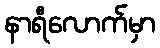
နာရီလောက်မှာ